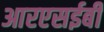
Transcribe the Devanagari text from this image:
आरएसईबी